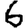
Digit: 6